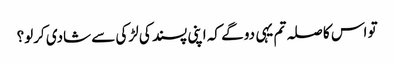
تو اس کا صلہ تم یہی دو گے کہ اپنی پسند کی لڑکی سے شادی کرلو؟